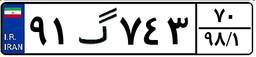
۹۱گ۷۴۳۷۰